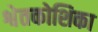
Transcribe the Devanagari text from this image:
श्वेतकोशिका